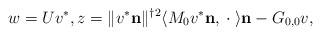
LaTeX: \begin{align*}w=Uv^*,z=\|v^*\mathbf n\|^{\dagger 2}\langle M_0v^*\mathbf n,{}\cdot{}\rangle \mathbf n -G_{0,0}v,\end{align*}